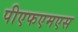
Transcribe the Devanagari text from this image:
पीएफएमएस